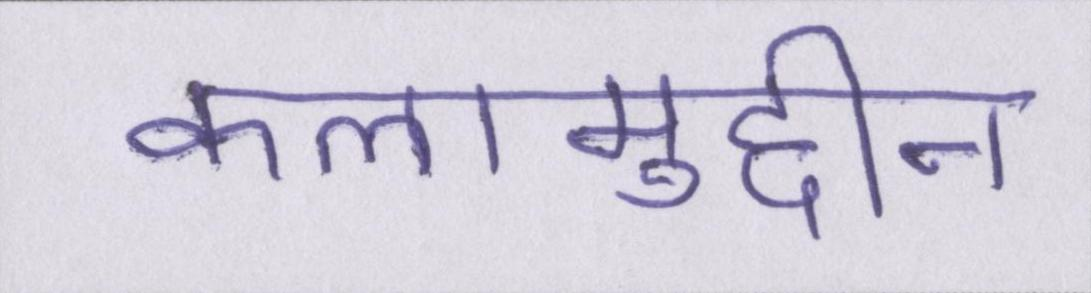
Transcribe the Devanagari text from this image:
कलामुद्दीन